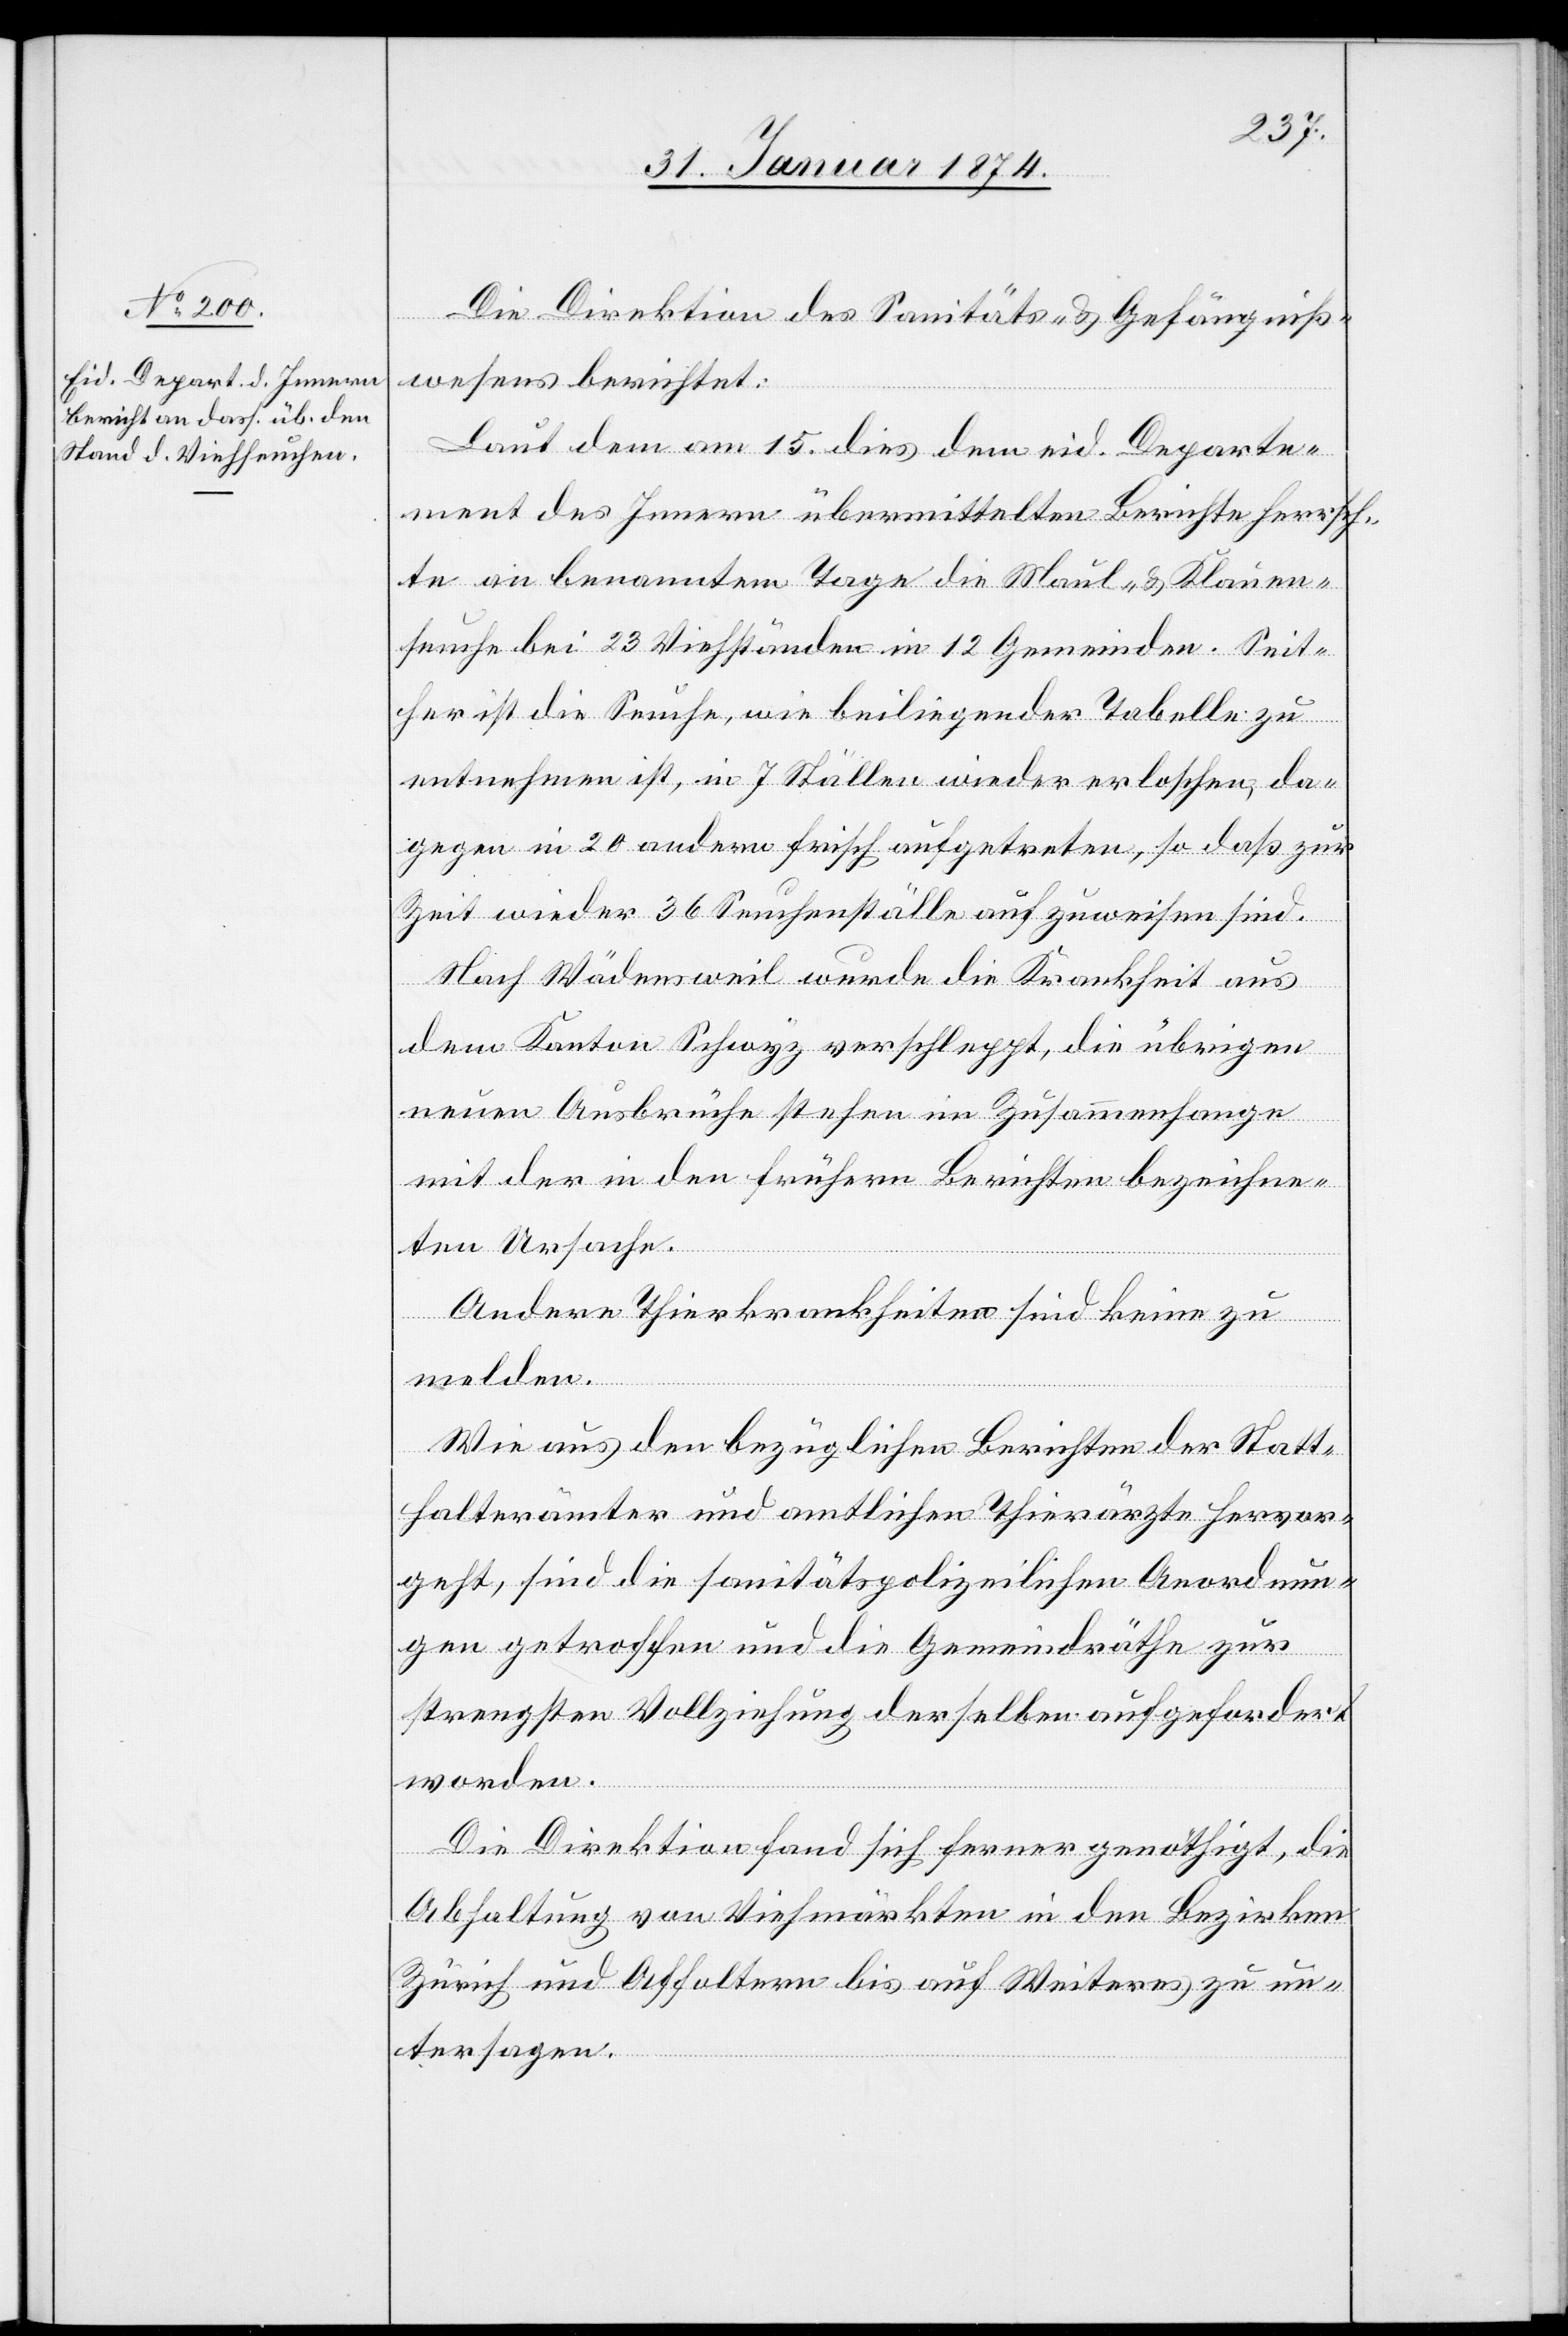
31. Januar 1874]
Die Direktion des Sanitäts- u. Gefängniß¬
wesens berichtet:
Laut dem am 15. dies dem eid. Departe¬
ment des Innern übermittelten Berichte herrsch¬
te an benanntem Tage die Maul- u. Klauen¬
seuche bei 23 Viehständen in 12 Gemeinden. Seit¬
her ist die Seuche, wie beiliegender Tabelle zu
entnehmen ist, in 7 Ställen wieder erloschen, da¬
gegen in 20 andern frisch aufgetreten, so daß zur
Zeit wieder 36 Seuchenställe aufzuweisen sind.
Nach Wädensweil wurde die Krankheit aus
dem Kanton Schwyz verschleppt, die übrigen
neuen Ausbrüche stehen im Zusammenhange
mit der in den frühern Berichten bezeichne¬
ten Ursache.
Andere Thierkrankheiten sind keine zu
melden.
Wie aus den bezüglichen Berichten der Statt¬
halterämter und amtlichen Thierärzte hervor¬
geht, sind die sanitätspolizeilichen Anordnun¬
gen getroffen und die Gemeindräthe zur
strengsten Vollziehung derselben aufgefordert
worden.
Die Direktion fand sich ferner genöthigt, die
Abhaltung von Viehmärkten in den Bezirken
Zürich und Affoltern bis auf Weiteres zu un¬
tersagen.